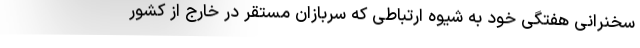
سخنرانی هفتگی خود به شیوه ارتباطی که سربازان مستقر در خارج از کشور